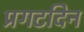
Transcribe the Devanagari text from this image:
प्रगटदिन